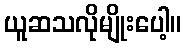
ယူဆသလိုမျိုးပေါ့။